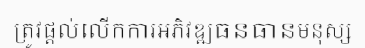
ត្រូវផ្តល់លើកការអភិវឌ្ឍធនធានមនុស្ស